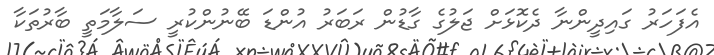
އެފަހަރު ގައިދީންނާ ދެކޮޅަށް ޖަލުގެ ގާޑުން ރަބަރު އުންޑަ ބޭނުންކުރީ ސަލާމަތީ ބާރުތަކާ